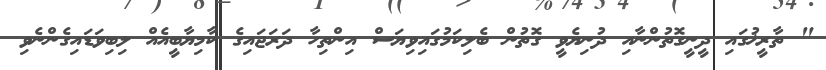
" ތާރީޚުގައި ދީނީގޮތުންނާއި ދުނިޔެވީ ގޮތުން ބެލިކަމުގައިވިޔަސް އިންތިހާ ދަރަޖައިގެ ކާމިޔާބީއެއް ލިބިވަޑައިގެންނެވި